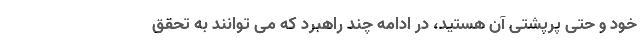
خود و حتی پرپشتی آن هستید، در ادامه چند راهبرد که می توانند به تحقق